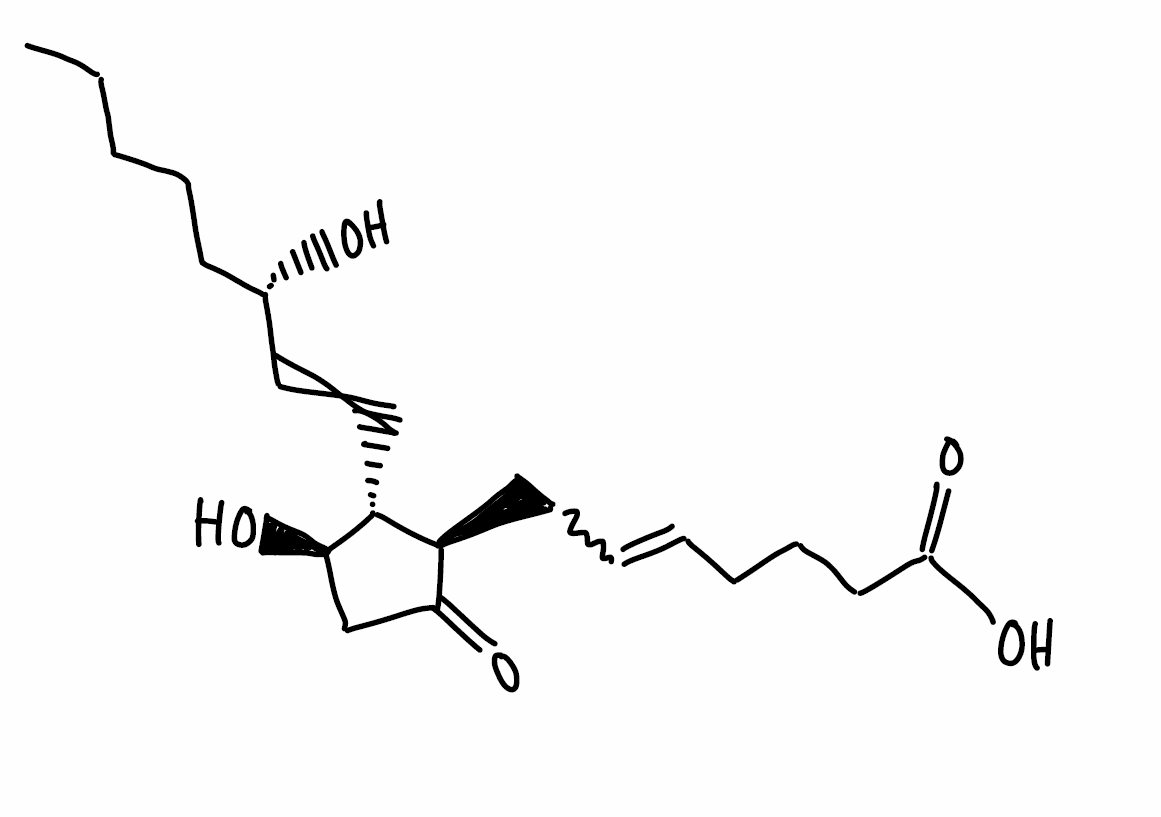
Simplified molecular-input line-entry system (SMILES) notation of the given molecule:
CCCCC[C@@H](C=C[C@H]1[C@@H](CC(=O)[C@@H]1CC=CCCCC(=O)O)O)O